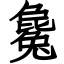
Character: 毚